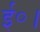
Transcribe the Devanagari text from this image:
ई॰।